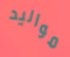
مواليد